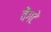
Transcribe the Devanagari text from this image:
वेंगटे